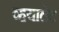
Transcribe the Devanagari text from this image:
व्हयालेट